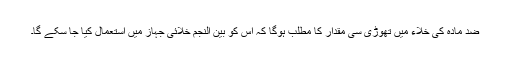
ضد مادّہ کی خلاء میں تھوڑی سی مقدار کا مطلب ہوگا کہ اس کو بین النجم خلائی جہاز میں استعمال کیا جا سکے گا۔